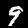
Digit: 9